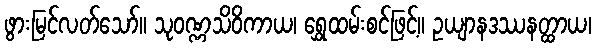
ဖွားမြင်လတ်သော်။ သုဝဏ္ဏသိဝိကာယ၊ ရွှေထမ်းစင်ဖြင့်။ ဥယျာနဒဿနတ္ထာယ၊